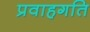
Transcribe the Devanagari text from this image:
प्रवाहगति